Vaccination in Bombay 1869-1873 - 1869-1873
Year: 1869
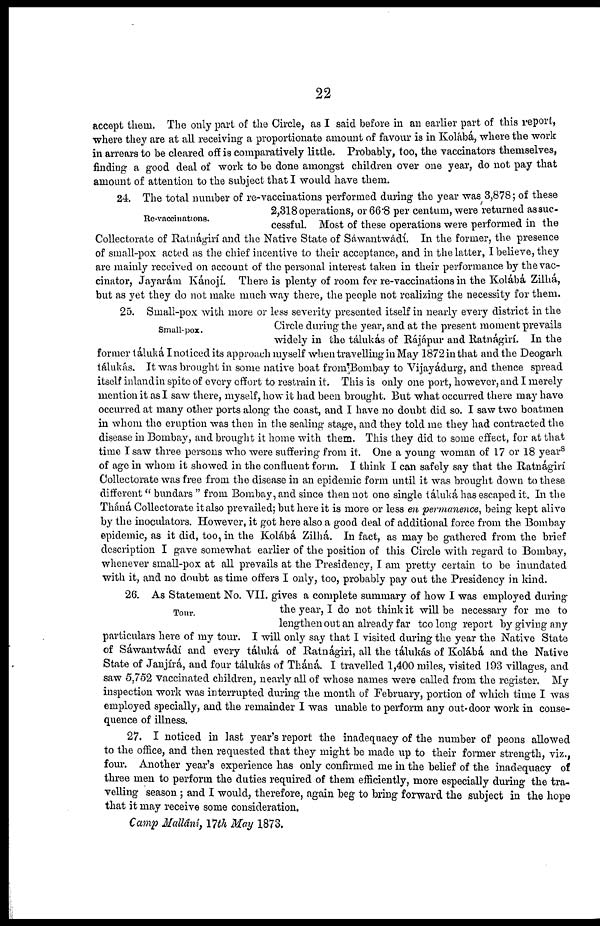
22
accept them. The only part of the Circle, as I said before in an earlier part of this report,
where they are at all receiving a proportionate amount of favour is in Kolábá, where the work
in arrears to be cleared off is comparatively little. Probably, too, the vaccinators themselves,
finding a good deal of work to be done amongst children over one year, do not pay that
amount of attention to the subject that I would have them.
Re-vaccinations.
24. The total number of re-vaccinations performed during the year was, 3,878; of these
2,318 operations, or 66.8 per centum, were returned as suc-
cessful. Most of these operations were performed in the
Collectorate of Ratnágirí and the Native State of Sáwantwádí. In the former, the presence
of small-pox acted as the chief incentive to their acceptance, and in the latter, I believe, they
are mainly received on account of the personal interest taken in their performance by the vac-
cinator, Jayarám Kánojí. There is plenty of room for re-vaccinations in the Kolábá Zilhá,
but as yet they do not make much way there, the people not realizing the necessity for them.
Small-pox.
25. Small-pox with more or less severity presented itself in nearly every district in the
Circle during the year, and at the present moment prevails
widely in the tálukás of Rájápur and Ratnágirí. In the
former táluká I noticed its approach myself when travelling in May 1872 in that and the Deogarh
tálukás. It was brought in some native boat from Bombay to Vijayádurg, and thence spread
itself inlandin spite of every effort to restrain it. This is only one port, however, and I merely
mention it as I saw there, myself, how it had been brought. But what occurred there may have
occurred at many other ports along the coast, and I have no doubt did so. I saw two boatmen
in whom the eruption was then in the sealing stage, and they told me they had contracted the
disease in Bombay, and brought it home with them. This they did to some effect, for at that
time I saw three persons who were suffering from it. One a young woman of 17 or 18 years
of age in whom it showed in the confluent form. I think I can safely say that the Ratnágirí
Collectorate was free from the disease in an epidemic form until it was brought down to these
different " bundars " from Bombay, and since then not one single táluká has escaped it. In the
Tháná Collectorate it also prevailed; but here it is more or less en permanence, being kept alive
by the inoculators. However, it got here also a good deal of additional force from the Bombay
epidemic, as it did, too, in the Kolábá Zilhá. In fact, as may be gathered from the brief
description I gave somewhat earlier of the position of this Circle with regard to Bombay,
whenever small-pox at all prevails at the Presidency, I am pretty certain to be inundated
with it, and no doubt as time offers I only, too, probably pay out the Presidency in kind.
Tour.
26. As Statement No. VII. gives a complete summary of how I was employed during
the year, I do not think it will be necessary for me to
lengthen out an already far too long report by giving any
particulars here of my tour. I will only say that I visited during the year the Native State
of Sáwantwádí and every táluká of Ratnágiri, all the tálukás of Kolábá and the Native
State of Janjírá, and four tálukás of Tháná. I travelled 1,400 miles, visited 193 villages, and
saw 5,752 vaccinated children, nearly all of whose names were called from the register. My
inspection work was interrupted during the month of February, portion of which time I was
employed specially, and the remainder I was unable to perform any out- door work in conse-
quence of illness.
27. I noticed in last year's report the inadequacy of the number of peons allowed
to the office, and then requested that they might be made up to their former strength, viz.,
four. Another year's experience has only confirmed me in the belief of the inadequacy of
three men to perform the duties required of them efficiently, more especially during the tra-
velling season ; and I would, therefore, again beg to bring forward the subject in the hope
that it may receive some consideration.
Camp Mallâní, 17th May 1873.